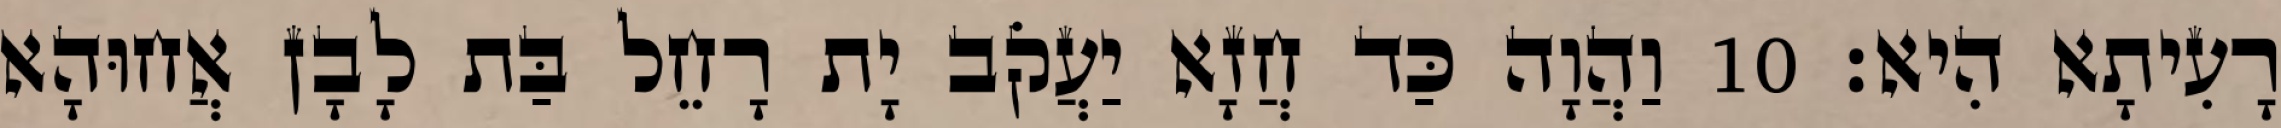
רָעִיתָא הִיא׃ 10 וַהֲוָה כַּד חֲזָא יַעֲקֹב יָת רָחֵל בַּת לָבָן אֲחוּהָא